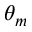
\theta _ { m }